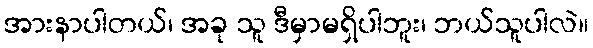
အားနာပါတယ်၊ အခု သူ ဒီမှာမရှိပါဘူး၊ ဘယ်သူပါလဲ။